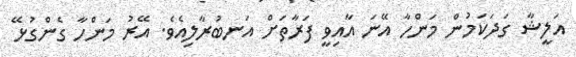
އަލީޝާ ގަދަކަމުން މަންހާ އޭނަ އާއިވީ ފަރާތަށް އަނބުރާލިއެވެ. އޭރު މަންހާ ގެންގުޅޭ